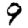
Digit: 9